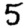
Digit: 5